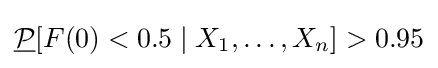
{\underline {\mathcal {P}}}[F(0)<0.5\mid X_{1},\dots ,X_{n}]>0.95